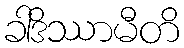
ခါဒိဿာမီတိ